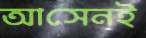
আসেনই